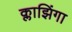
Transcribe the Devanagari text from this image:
क्लाझिंगा